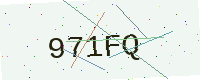
Text: 971FQ